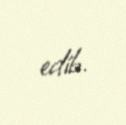
edib.